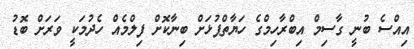
އިއްސެ ބުނީ ގާސިމް އިބްރާހިމްގެ ހަޔާތްޕުޅަށް ބިނާކޮށް ފިލްމެއް ހެދުމަކީ ވަރަށް ބޮޑު